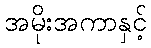
အမိုးအကာနှင့်